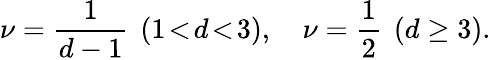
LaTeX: \nu=\frac{1}{d-1}\ \, (1\! <\! d\! <\! 3),\ \ \ \ \nu=\frac{1}{2}\ \, (d\geq 3).